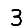
Digit: 3